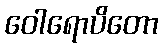
ဝေါရောပိတော